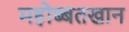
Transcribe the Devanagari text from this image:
महोब्बतखान